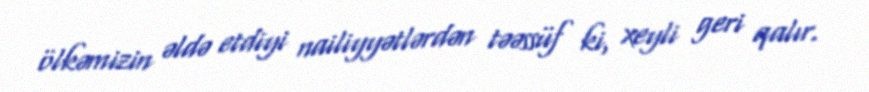
ölkəmizin əldə etdiyi nailiyyətlərdən təəssüf ki, xeyli geri qalır.